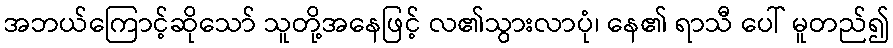
အဘယ်ကြောင့်ဆိုသော် သူတို့အနေဖြင့် လ၏သွားလာပုံ၊ နေ၏ ရာသီ ပေါ် မူတည်၍